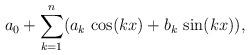
LaTeX: \begin{align*} a_0 + \sum_{k=1}^{n} (a_k\,\cos(kx) + b_k\,\sin(kx)) , \end{align*}